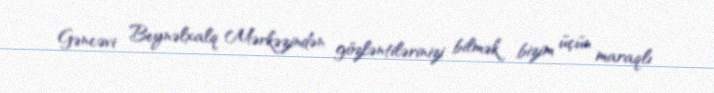
Gəncəvi Beynəlxalq Mərkəzindən gözləntilərinizi bilmək bizim üçün maraqlı